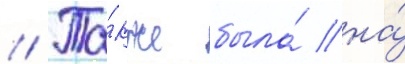
// Та́кже была́ на́